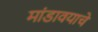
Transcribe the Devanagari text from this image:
मांडावयाचे